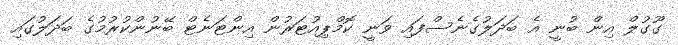
ގޫގުލް އިން ބުނީ އެ ބަދަލުގެނެސްފައި ވަނީ ކޮމްޕިއުޓަރުން އިންޓަނެޓް ބޭނުންކުރުމުގެ ބަދަލުގައި